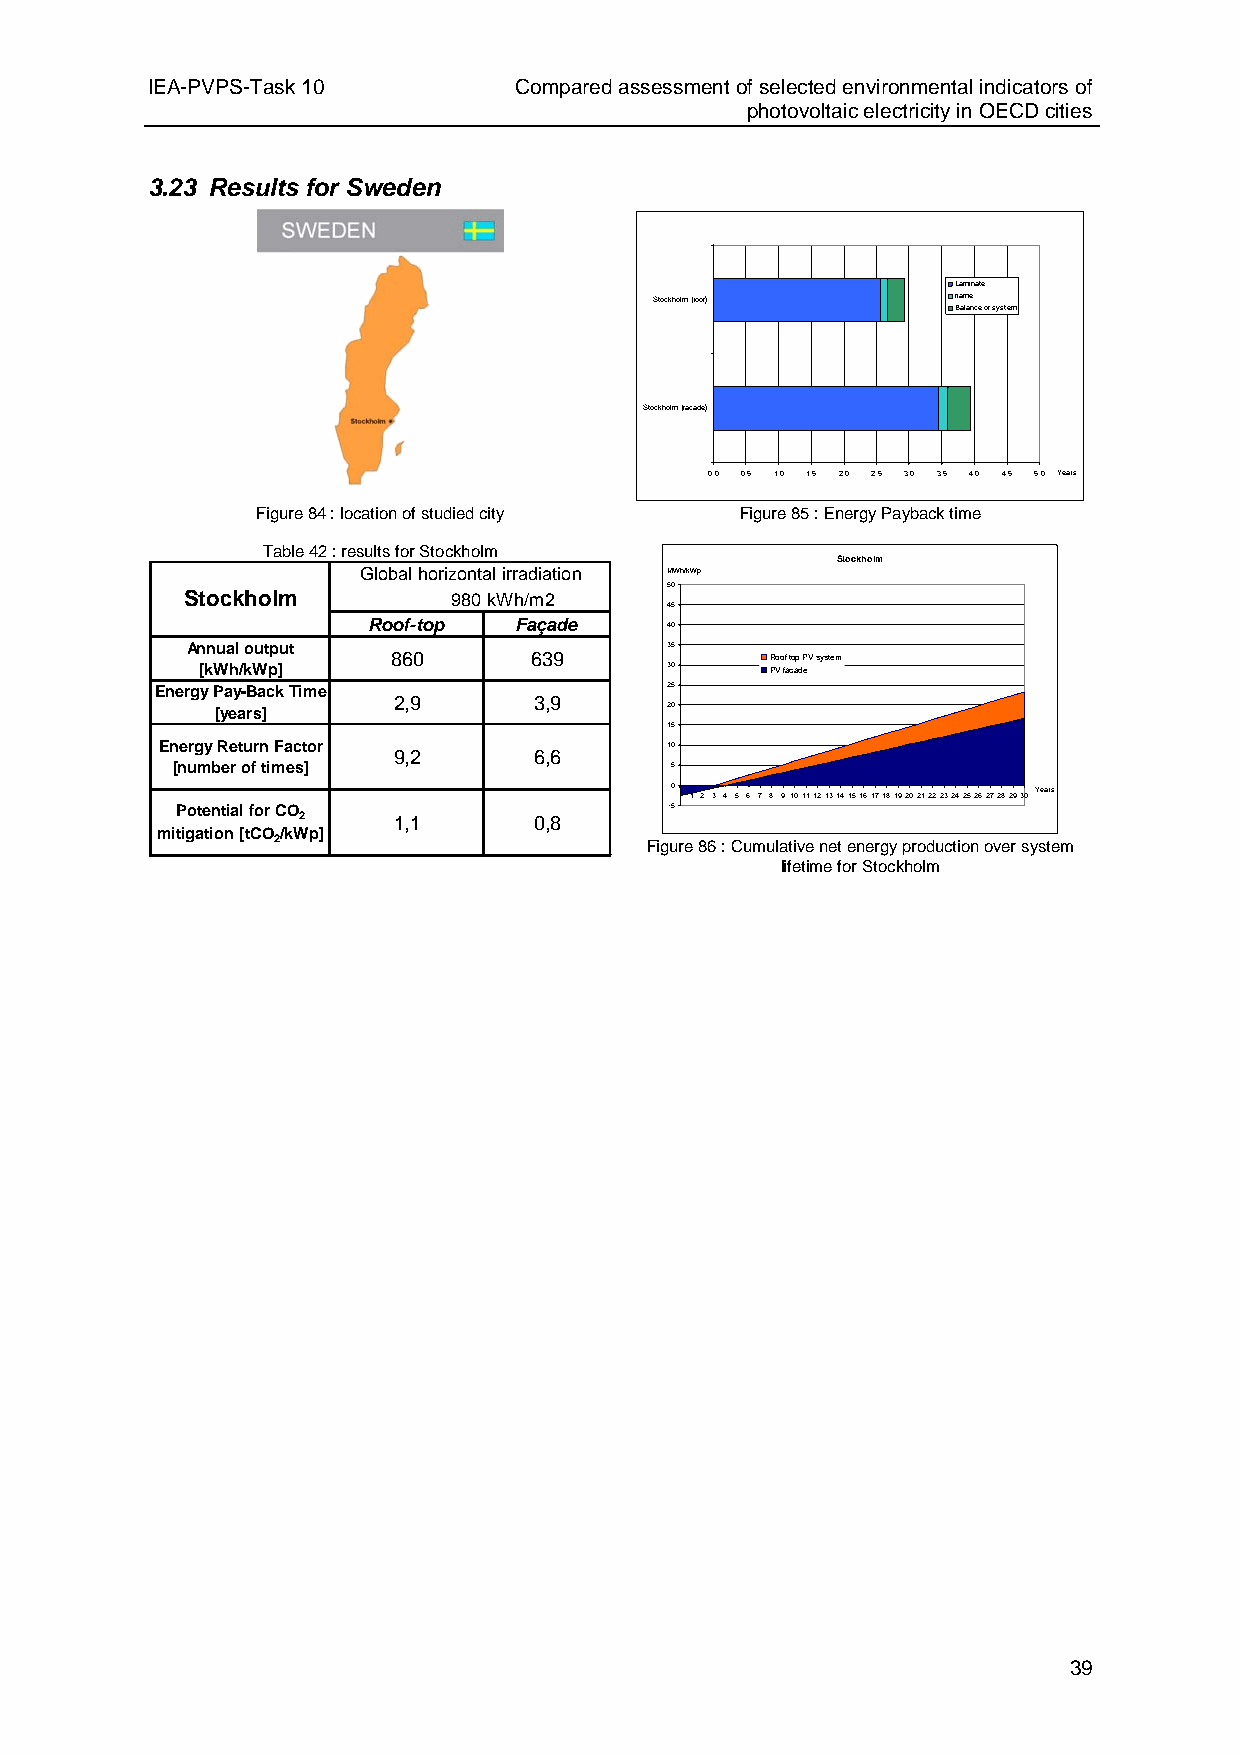
IEA-PVPS-Task 10        Compared assessment of selected environmental indicators of
 photovoltaic electricity in OECD cities
 3.23 Results for Sweden
 Laminate
 Stockholm (roof)    frame
 Balance of system
 Stockholm (facade)
 0,0 0,5 1,0 1,5 2,0 2,5 3,0 3,5 4,0 4,5 5,0 Years
 Figure 84 : location of studied city Figure 85 : Energy Payback time
 Table 42 : results for Stockholm
 Stockholm
 Global horizontal irradiation MWh/kWp
 50
 Stockholm         980kWh/m2
 45
 Roof-top  Façade    40
 Annual output                   35
 860      639             Roof top PV system
 [kWh/kWp]                      30     PV facade
 Energy Pay-Back Time              25
 2,9      3,9
 [years]                       20
 15
 Energy Return Factor             10
 9,2      6,6
 [number of times]                5
 0 1 2 3 4 5 6 7 8 9101112131415161718192021222324252627282930 Years
 Potential for CO                -5
 2     1,1      0,8
 mitigation [tCO/kWp]
 2                        Figure 86 : Cumulative net energy production over system
 lifetime for Stockholm
 39